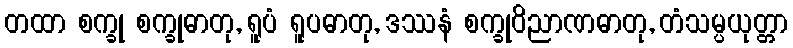
တထာ စက္ခု စက္ခုဓာတု, ရူပံ ရူပဓာတု, ဒဿနံ စက္ခုဝိညာဏဓာတု, တံသမ္ပယုတ္တာ